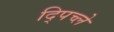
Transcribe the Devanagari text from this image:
द्पिच्ले